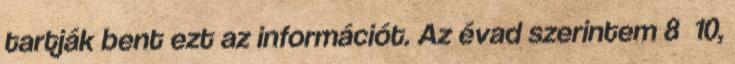
tartják bent ezt az információt. Az évad szerintem 8 10,